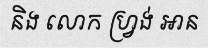
និង លោក ហ្វ្រង់ អាន